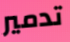
تدمير